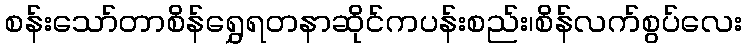
စန်းသော်တာစိန်ရွှေရတနာဆိုင်ကပန်းစည်း၊စိန်လက်စွပ်လေး